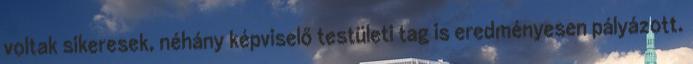
voltak sikeresek, néhány képviselő testületi tag is eredményesen pályázott.